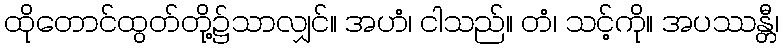
ထိုတောင်ထွတ်တို့၌သာလျှင်။ အဟံ၊ ငါသည်။ တံ၊ သင့်ကို။ အပဿန္တီ၊